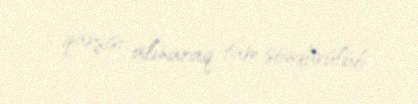
qarşısı alınaraq tam söndürülüb.